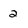
Character: 2